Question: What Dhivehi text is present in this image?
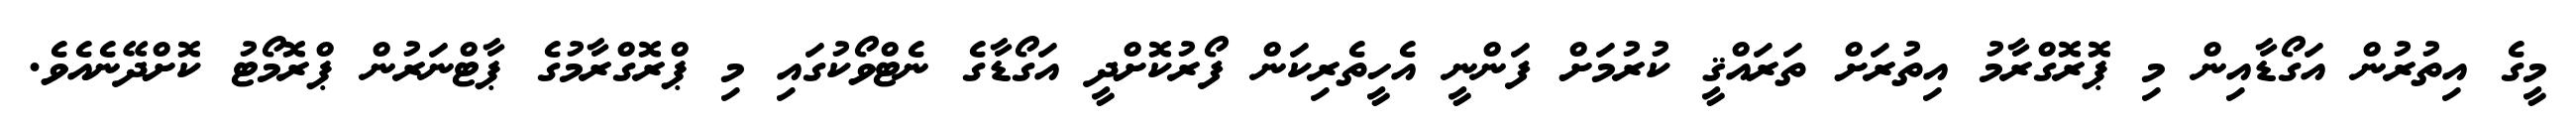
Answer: މީގެ އިތުރުން އަގޯޑާއިން މި ޕޮރޮގްރާމު އިތުރަށް ތަރައްޤީ ކުރުމަށް ފަންނީ އެހީތެރިކަން ފޯރުކޮށްދީ އަގޯޑާގެ ނެޓްވޯކުގައި މި ޕްރޮގްރާމުގެ ޕާޓްނަރުން ޕްރޮމޯޓު ކޮށްދޭނެއެވެ.